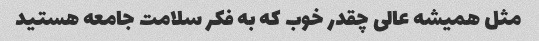
مثل همیشه عالی چقدر خوب که به فکر سلامت جامعه هستید